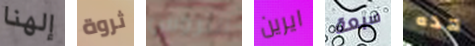
إلهنا ثروة التروس ايرين سبعة هذه